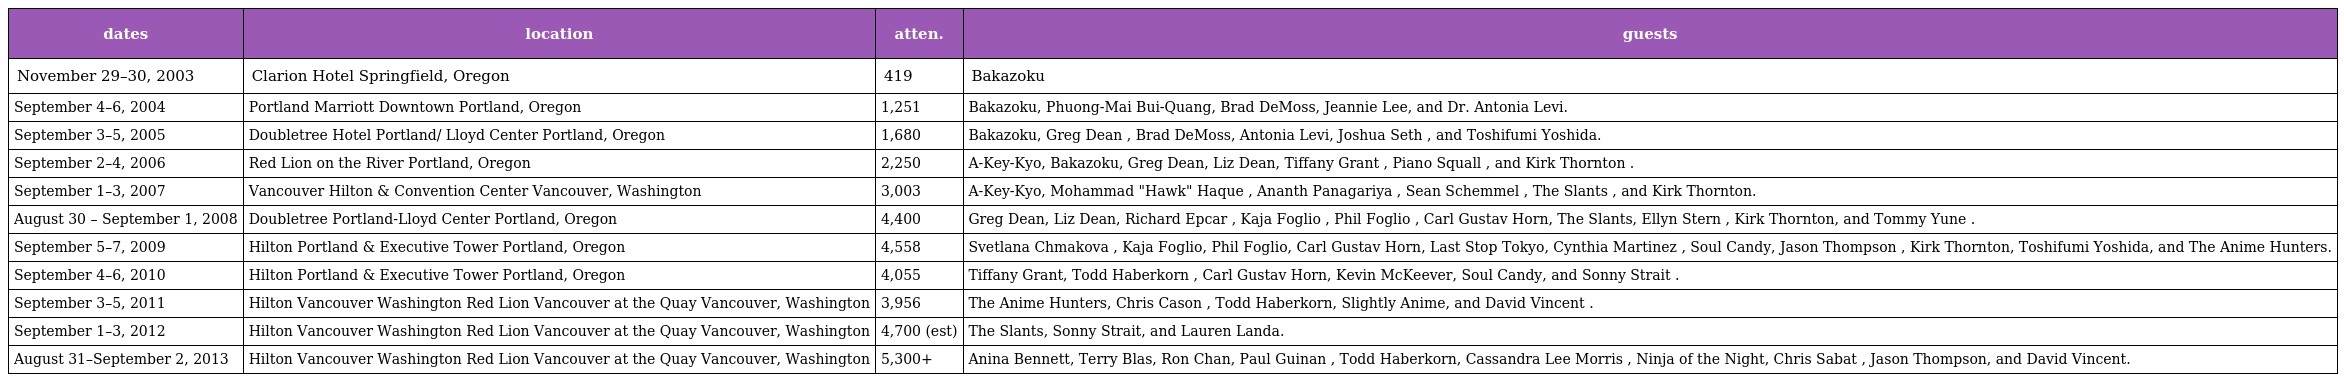
| dates | location | atten. | guests |
 | --- | --- | --- | --- |
 | November 29–30, 2003 | Clarion Hotel Springfield, Oregon | 419 | Bakazoku |
 | September 4–6, 2004 | Portland Marriott Downtown Portland, Oregon | 1,251 | Bakazoku, Phuong-Mai Bui-Quang, Brad DeMoss, Jeannie Lee, and Dr. Antonia Levi. |
 | September 3–5, 2005 | Doubletree Hotel Portland/ Lloyd Center Portland, Oregon | 1,680 | Bakazoku, Greg Dean , Brad DeMoss, Antonia Levi, Joshua Seth , and Toshifumi Yoshida. |
 | September 2–4, 2006 | Red Lion on the River Portland, Oregon | 2,250 | A-Key-Kyo, Bakazoku, Greg Dean, Liz Dean, Tiffany Grant , Piano Squall , and Kirk Thornton . |
 | September 1–3, 2007 | Vancouver Hilton & Convention Center Vancouver, Washington | 3,003 | A-Key-Kyo, Mohammad "Hawk" Haque , Ananth Panagariya , Sean Schemmel , The Slants , and Kirk Thornton. |
 | August 30 – September 1, 2008 | Doubletree Portland-Lloyd Center Portland, Oregon | 4,400 | Greg Dean, Liz Dean, Richard Epcar , Kaja Foglio , Phil Foglio , Carl Gustav Horn, The Slants, Ellyn Stern , Kirk Thornton, and Tommy Yune . |
 | September 5–7, 2009 | Hilton Portland & Executive Tower Portland, Oregon | 4,558 | Svetlana Chmakova , Kaja Foglio, Phil Foglio, Carl Gustav Horn, Last Stop Tokyo, Cynthia Martinez , Soul Candy, Jason Thompson , Kirk Thornton, Toshifumi Yoshida, and The Anime Hunters. |
 | September 4–6, 2010 | Hilton Portland & Executive Tower Portland, Oregon | 4,055 | Tiffany Grant, Todd Haberkorn , Carl Gustav Horn, Kevin McKeever, Soul Candy, and Sonny Strait . |
 | September 3–5, 2011 | Hilton Vancouver Washington Red Lion Vancouver at the Quay Vancouver, Washington | 3,956 | The Anime Hunters, Chris Cason , Todd Haberkorn, Slightly Anime, and David Vincent . |
 | September 1–3, 2012 | Hilton Vancouver Washington Red Lion Vancouver at the Quay Vancouver, Washington | 4,700 (est) | The Slants, Sonny Strait, and Lauren Landa. |
 | August 31–September 2, 2013 | Hilton Vancouver Washington Red Lion Vancouver at the Quay Vancouver, Washington | 5,300+ | Anina Bennett, Terry Blas, Ron Chan, Paul Guinan , Todd Haberkorn, Cassandra Lee Morris , Ninja of the Night, Chris Sabat , Jason Thompson, and David Vincent. |